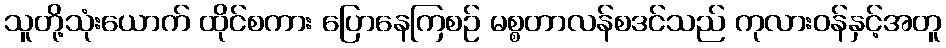
သူတို့သုံးယောက် ထိုင်စကား ပြောနေကြစဉ် မစ္စတာလန်စဒင်သည် ကုလားဝန်နှင့်အတူ